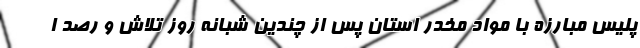
پلیس مبارزه با مواد مخدر استان پس از چندین شبانه روز تلاش و رصد ا